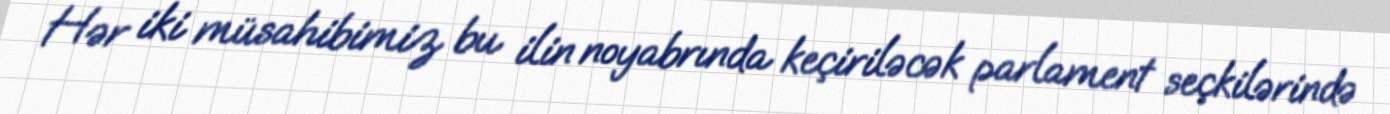
Hər iki müsahibimiz bu ilin noyabrında keçiriləcək parlament seçkilərində